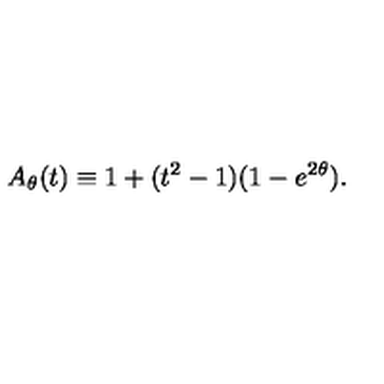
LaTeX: A _ { \theta } ( t ) \equiv 1 + ( t ^ { 2 } - 1 ) ( 1 - e ^ { 2 \theta } ) .